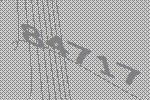
84717